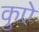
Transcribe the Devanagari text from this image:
कुऐ